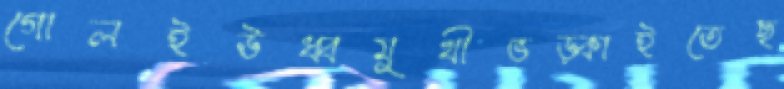
গোলইঊধ্বমুখীভড়্‌কাইতেছ